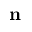
\mathbf { n }